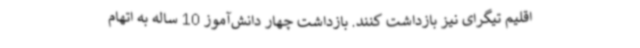
اقلیم تیگرای نیز بازداشت کنند. بازداشت چهار دانش‌آموز 10 ساله به اتهام